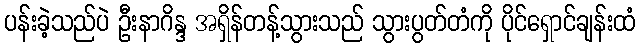
ပန်းခဲ့သည်ပဲ ဦးနာဂိန္ဒ အရှိန်တန့်သွားသည် သွားပွတ်တံကို ပိုင်ရှောင်ချန်းထံ